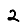
Digit: 2